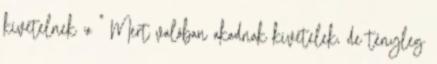
kivételnek ;o " Mert valóban akadnak kivételek, de tényleg